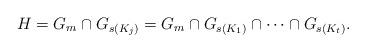
LaTeX: \begin{align*}H=G_m\cap G_{s(K_j)}=G_m\cap G_{s(K_1)}\cap\dotsb\cap G_{s(K_t)}.\end{align*}